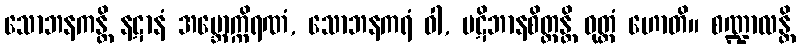
သောဘနကန္တိ နဋာနံ အဗ္ဘောက္ကိရဏံ, သောဘနကရံ ဝါ, ပဋိဘာနစိတ္တန္တိ ဝုတ္တံ ဟောတိ။ စဏ္ဍာလန္တိ